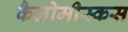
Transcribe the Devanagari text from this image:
कैलोमीस्कस